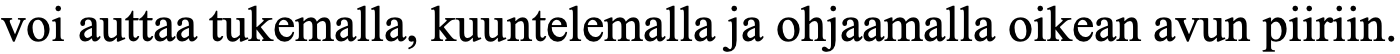
voi auttaa tukemalla, kuuntelemalla ja ohjaamalla oikean avun piiriin.